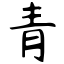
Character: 青